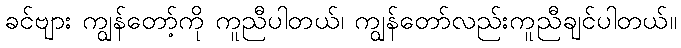
ခင်ဗျား ကျွန်တော့်ကို ကူညီပါတယ်၊ ကျွန်တော်လည်းကူညီချင်ပါတယ်။